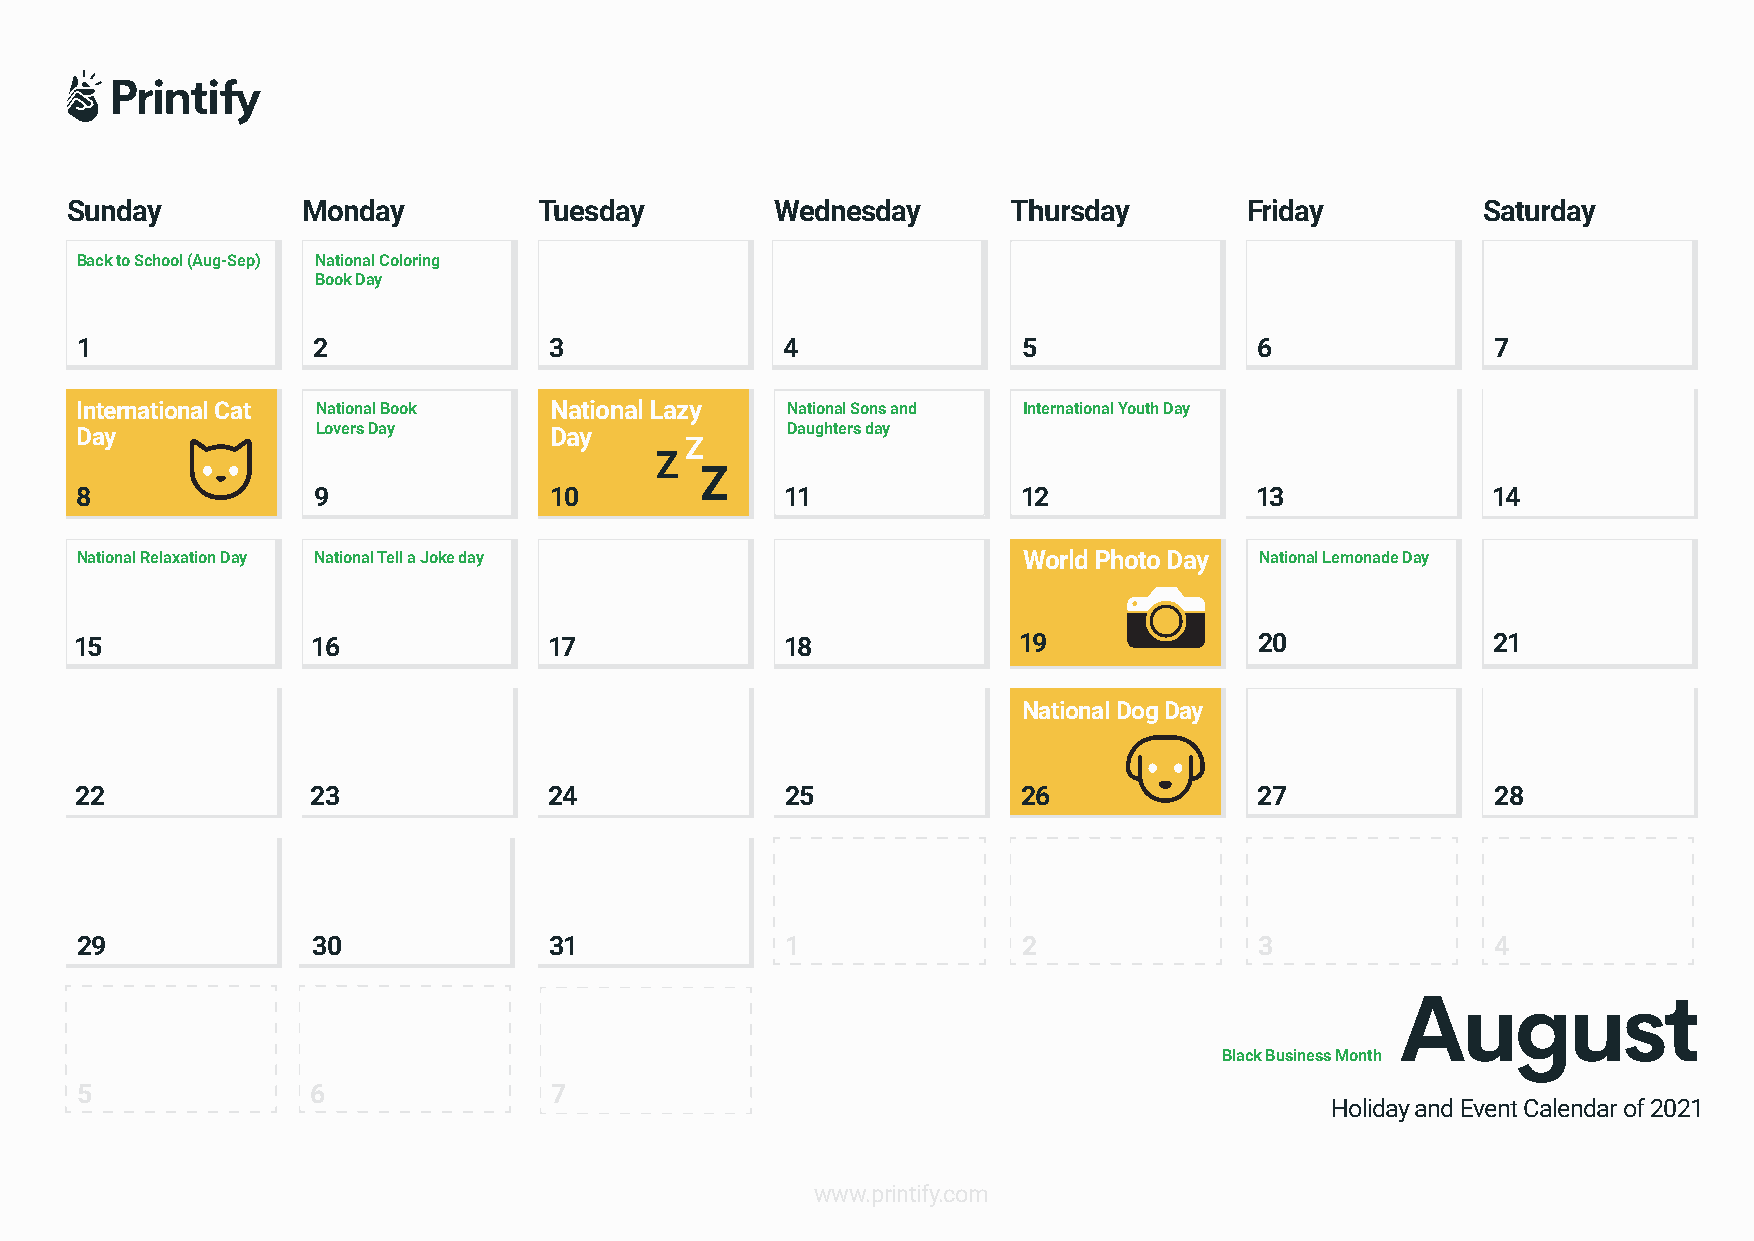
Sunday          Monday          Tuesday        Wednesday       Thursday        Friday         Saturday
 Back to School (Aug-Sep) National Coloring
 Book Day
 1               2              3               4               5              6               7
 International Cat National Book National Lazy  National Sons and International Youth Day
 Day             Lovers Day     Day             Daughters day
 Z
 Z
 Z
 8               9              10              11              12             13              14
 National Relaxation Day National Tell a Joke day               World Photo Day National Lemonade Day
 15              16             17              18             19              20              21
 National Dog Day
 22              23             24              25              26             27              28
 29              30             31              1               2              3               4
 Black Business Month
 5               6              7
 Holiday and Event Calendar of 2021
 www.printify.com